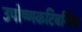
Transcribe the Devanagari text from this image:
उपोष्णकटिबन्धिय